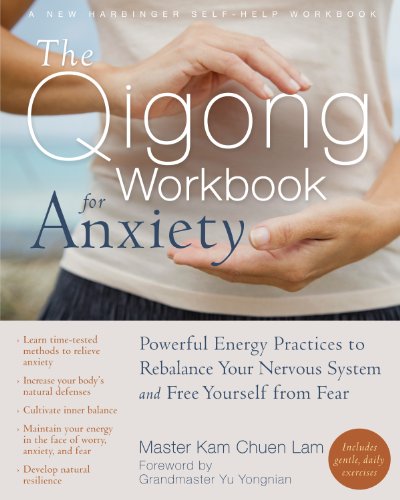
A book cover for The Qigong Workbook for Anxiety: Powerful Energy Practices to Rebalance Your Nervous System and Free Yourself from Fear (New Harbinger Self-Help Workbook); Kam Chuen Lam; Self-Help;